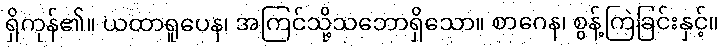
ရှိကုန်၏။ ယထာရူပေန၊ အကြင်သို့သဘောရှိသော။ စာဂေန၊ စွန့်ကြဲခြင်းနှင့်။